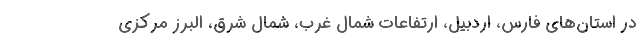
در استان‌های فارس، اردبیل، ارتفاعات شمال غرب، شمال شرق، البرز مرکزی